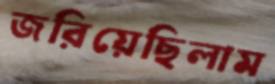
জরিয়েছিলাম